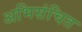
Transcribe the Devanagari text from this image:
अभिसंचित